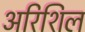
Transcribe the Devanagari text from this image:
अरिशिल